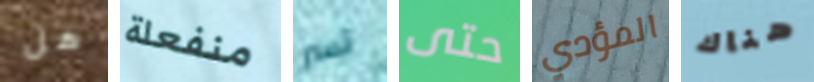
هل منفعلة تسر حتى المؤدي هناك